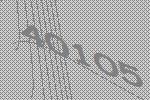
40105